Report of the Hyderabad Chloroform Commission
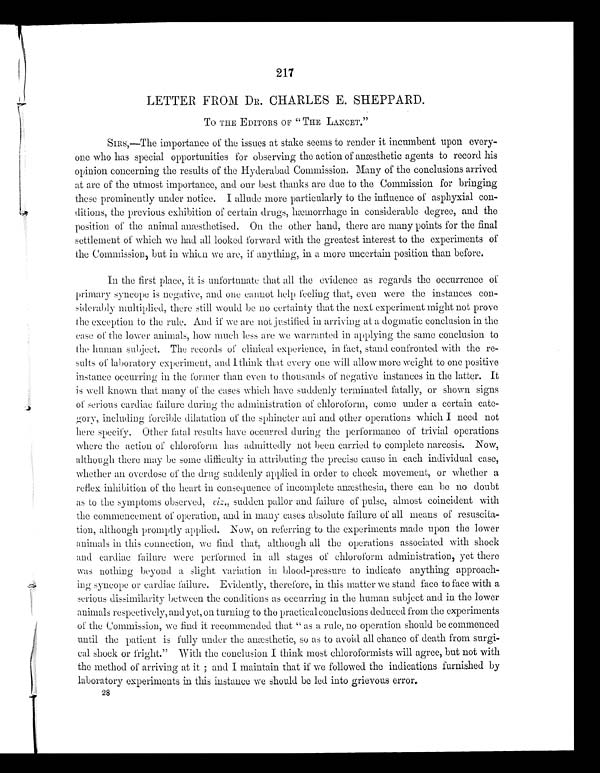
217
LETTER FROM DR. CHARLES E. SHEPPARD.
To THE EDITORS OF "THE LANCET."
SIRS,—The importance of the issues at stake seems to render it incumbent upon every
-
one who has special opportunities for observing the action of anæsthetic agents to record his
opinion concerning the results of the Hyderabad Commission. Many of the conclusions arrived
at are of the utmost importance, and our best thanks are due to the Commission for bringing
these prominently under notice. I allude more particularly to the influence of asphyxial con
-
ditions, the previous exhibition of certain drugs, hæmorrhage in considerable degree, and the
position of the animal anæsthetised. On the other hand, there are many points for the final
settlement of which we had all looked forward with the greatest interest to the experiments of
the Commission, but in which we are, if anything, in a more uncertain position than before.
In the first place, it is unfortunate that all the evidence as regards the occurrence of
primary syncope is negative, and one cannot help feeling that, even were the instances con
-
siderably multiplied, there still would be no certainty that the next experiment might not prove
the exception to the rule. And if we are not justified in arriving at a dogmatic conclusion in the
case of the lower animals, how much less are we warranted in applying the same conclusion to
the human subject. The records of clinical experience, in fact, stand confronted with the re
-
sults of laboratory experiment, and I think that every one will allow more weight to one positive
instance occurring in the former than even to thousands of negative instances in the latter. It
is well known that many of the cases which have suddenly terminated fatally, or shown signs
of serious cardiac failure during the administration of chloroform, come under a certain cate
-
gory, including forcible dilatation of the sphincter ani and other operations which I need not
here specify. Other fatal results have occurred during the performance of trivial operations
where the action of chloroform has admittedly not been carried to complete narcosis. Now,
although there may be some difficulty in attributing the precise cause in each individual case,
whether an overdose of the drug suddenly applied in order to check movement, or whether a
reflex inhibition of the heart in consequence of incomplete anæsthesia, there can be no doubt
as to the symptoms observed, v i z . ,
sudden pallor and failure of pulse, almost coincident with
the commencement of operation, and in many cases absolute failure of all means of resuscita
-
tion, although promptly applied. Now, on referring to the experiments made upon the lower
animals in this connection, we find that, although all the operations associated with shock
and cardiac failure were performed in all stages of chloroform administration, yet there
was nothing beyond a slight variation in blood-pressure to indicate anything approach
-
ing syncope or cardiac failure. Evidently, therefore, in this matter we stand face to face with a
serious dissimilarity between the conditions as occurring in the human subject and in the lower
animals respectively, and yet, on turning to the practical conclusions deduced from the experiments
of the Commission, we find it recommended that "as a rule, no operation should be commenced
until the patient is fully under the anæsthetic, so as to avoid all chance of death from surgi
-
cal shock or fright." With the conclusion I think most chloroformists will agree, but not with
the method of arriving at it; and I maintain that if we followed the indications furnished by
laboratory experiments in this instance we should be led into grievous error.
28